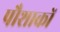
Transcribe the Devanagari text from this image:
पौशाकों